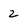
Character: 2